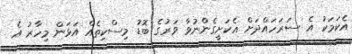
އެކަމަކު އެ ސަރަހައްދަށް އެކަށީގެންނުވާ ވަރުގެ ބޮޑު މިސްކިތެއް އަޅަން މިހާރު އެ